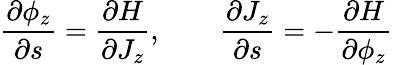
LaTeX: \frac{\partial\phi_{z}}{\partial s}=\frac{\partial H}{\partial J_{z}},\qquad\frac{\partial J_{z}}{\partial s}=-\frac{\partial H}{\partial\phi_{z}}